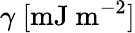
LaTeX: \gamma\ [\mathrm{mJ\ m}^{-2}]